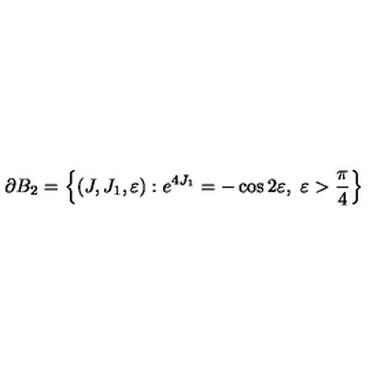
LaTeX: \partial B _ { 2 } = \left\{ ( J , J _ { 1 } , \varepsilon ) : e ^ { 4 J _ { 1 } } = - \cos 2 \varepsilon , \ \varepsilon > \frac { \pi } { 4 } \right\}